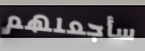
سأجعلهم